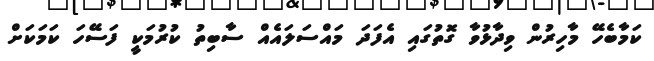
ކަމާބެހޭ މާހިރުން ވިދާޅުވާ ގޮތުގައި އެފަދަ މައްސަލައެއް ސާބިތު ކުރުމަކީ ފަސޭހަ ކަމަކަށް